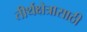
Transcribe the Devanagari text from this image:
तीर्थक्षेत्रासाठी